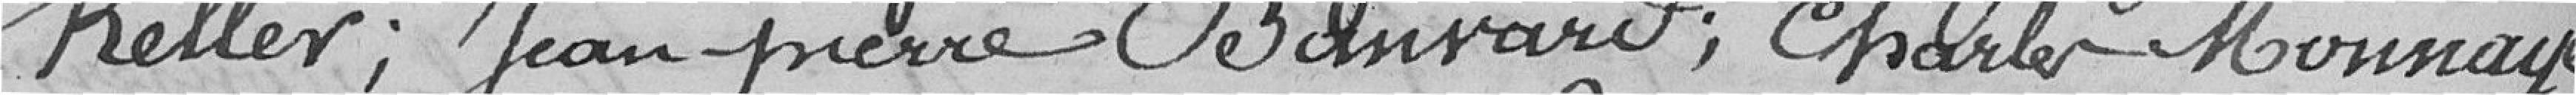
Keller; Jean-Pierre Banvard; Charles Monnay